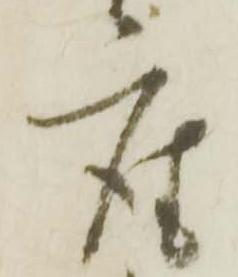
座